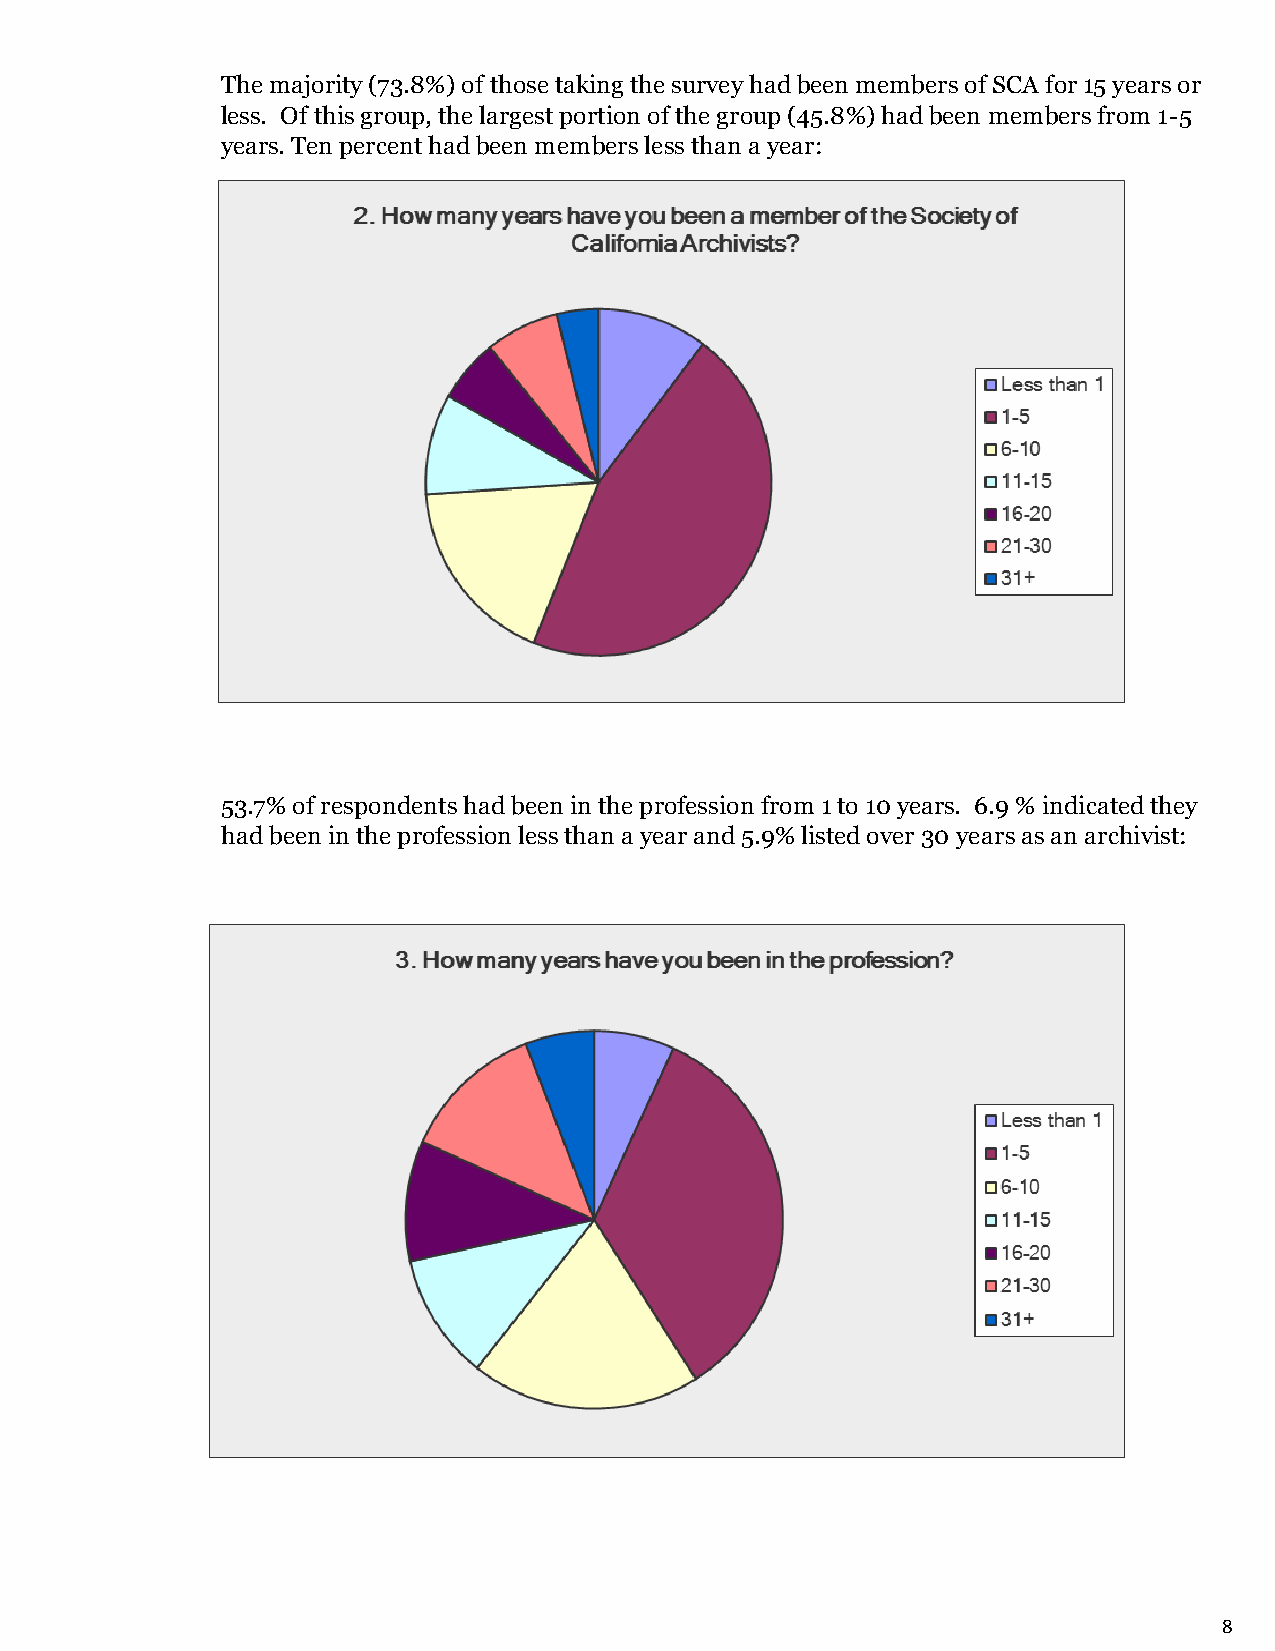
The majority (73.8%) of those taking the survey had been members of SCA for 15 years or
 less. Of this group, the largest portion of the group (45.8%) had been members from 1-5
 years. Ten percent had been members less than a year:
 53.7% of respondents had been in the profession from 1 to 10 years. 6.9 % indicated they
 had been in the profession less than a year and 5.9% listed over 30 years as an archivist:
 8